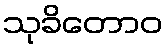
သုခိတောဝ